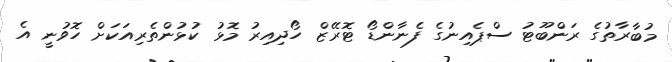
މުބާރާތުގެ ރަންބޫޓު ސްޕެއިނުގެ ފެނާންޑޯ ޓޮރޭޒް ހޯދިއިރު މޮޅު ކުޅުންތެރިއަކަށް ހޮވުނީ އެ